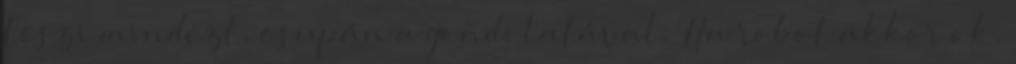
teszi mindezt, csupán a gondolatával. Ha robot akkor ok,